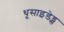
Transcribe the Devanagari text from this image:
थूसाइडेड्स